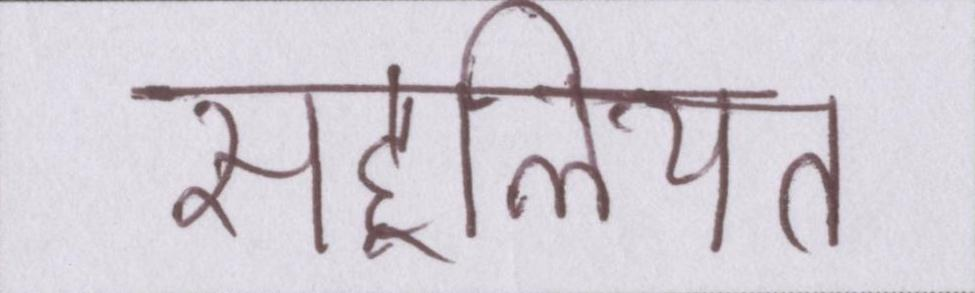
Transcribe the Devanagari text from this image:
सहूलियत